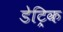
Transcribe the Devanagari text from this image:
डेट्रिक